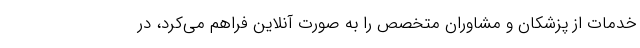
خدمات از پزشکان و مشاوران متخصص را به صورت آنلاین فراهم می‌کرد، در